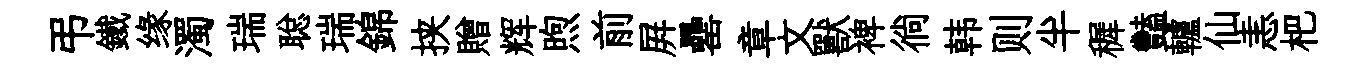
弔鐵缘濁瑞聪瑞錦挟贈辉煦前屛罍章文獸裨徜韩则半穉豔轤仙恚杷